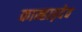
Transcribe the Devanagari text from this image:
कान्हाड़देव